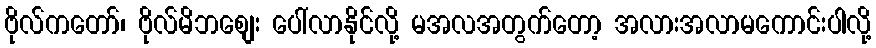
ဗိုလ်ကတော်၊ ဗိုလ်မိဘစျေး ပေါ်လာနိုင်လို့ မအလအတွက်တော့ အလားအလာမကောင်းပါလို့